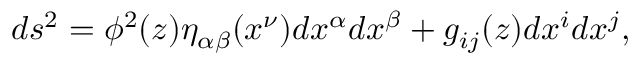
d s ^ { 2 } = \phi ^ { 2 } ( z ) \eta _ { \alpha \beta } ( x ^ { \nu } ) d x ^ { \alpha } d x ^ { \beta } + g _ { i j } ( z ) d x ^ { i } d x ^ { j } ,